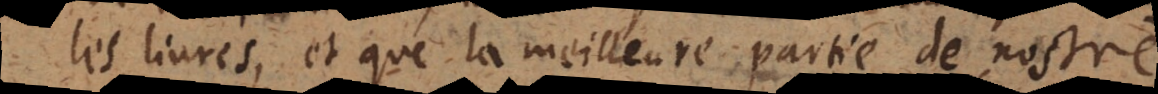
les livres, et que la meilleure partie de nostre